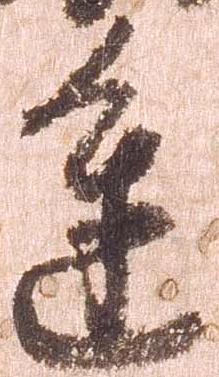
進